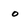
Character: 0